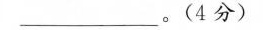
____。(4分)